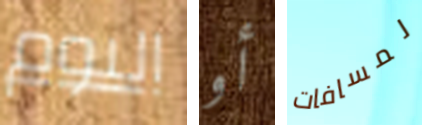
اليوم أو لمسافات